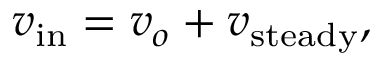
v _ { \mathrm { i n } } = v _ { o } + v _ { \mathrm { s t e a d y } } ,